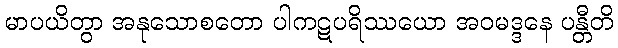
မာပယိတွာ အနုသောစတော ပါကဋပရိဿယော အဝမဒ္ဒနေ ပန္တီတိ